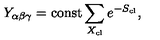
Y _ { \alpha \beta \gamma } = \mathrm { c o n s t } \sum _ { X _ { \mathrm { c l } } } e ^ { - S _ { \mathrm { c l } } } ,